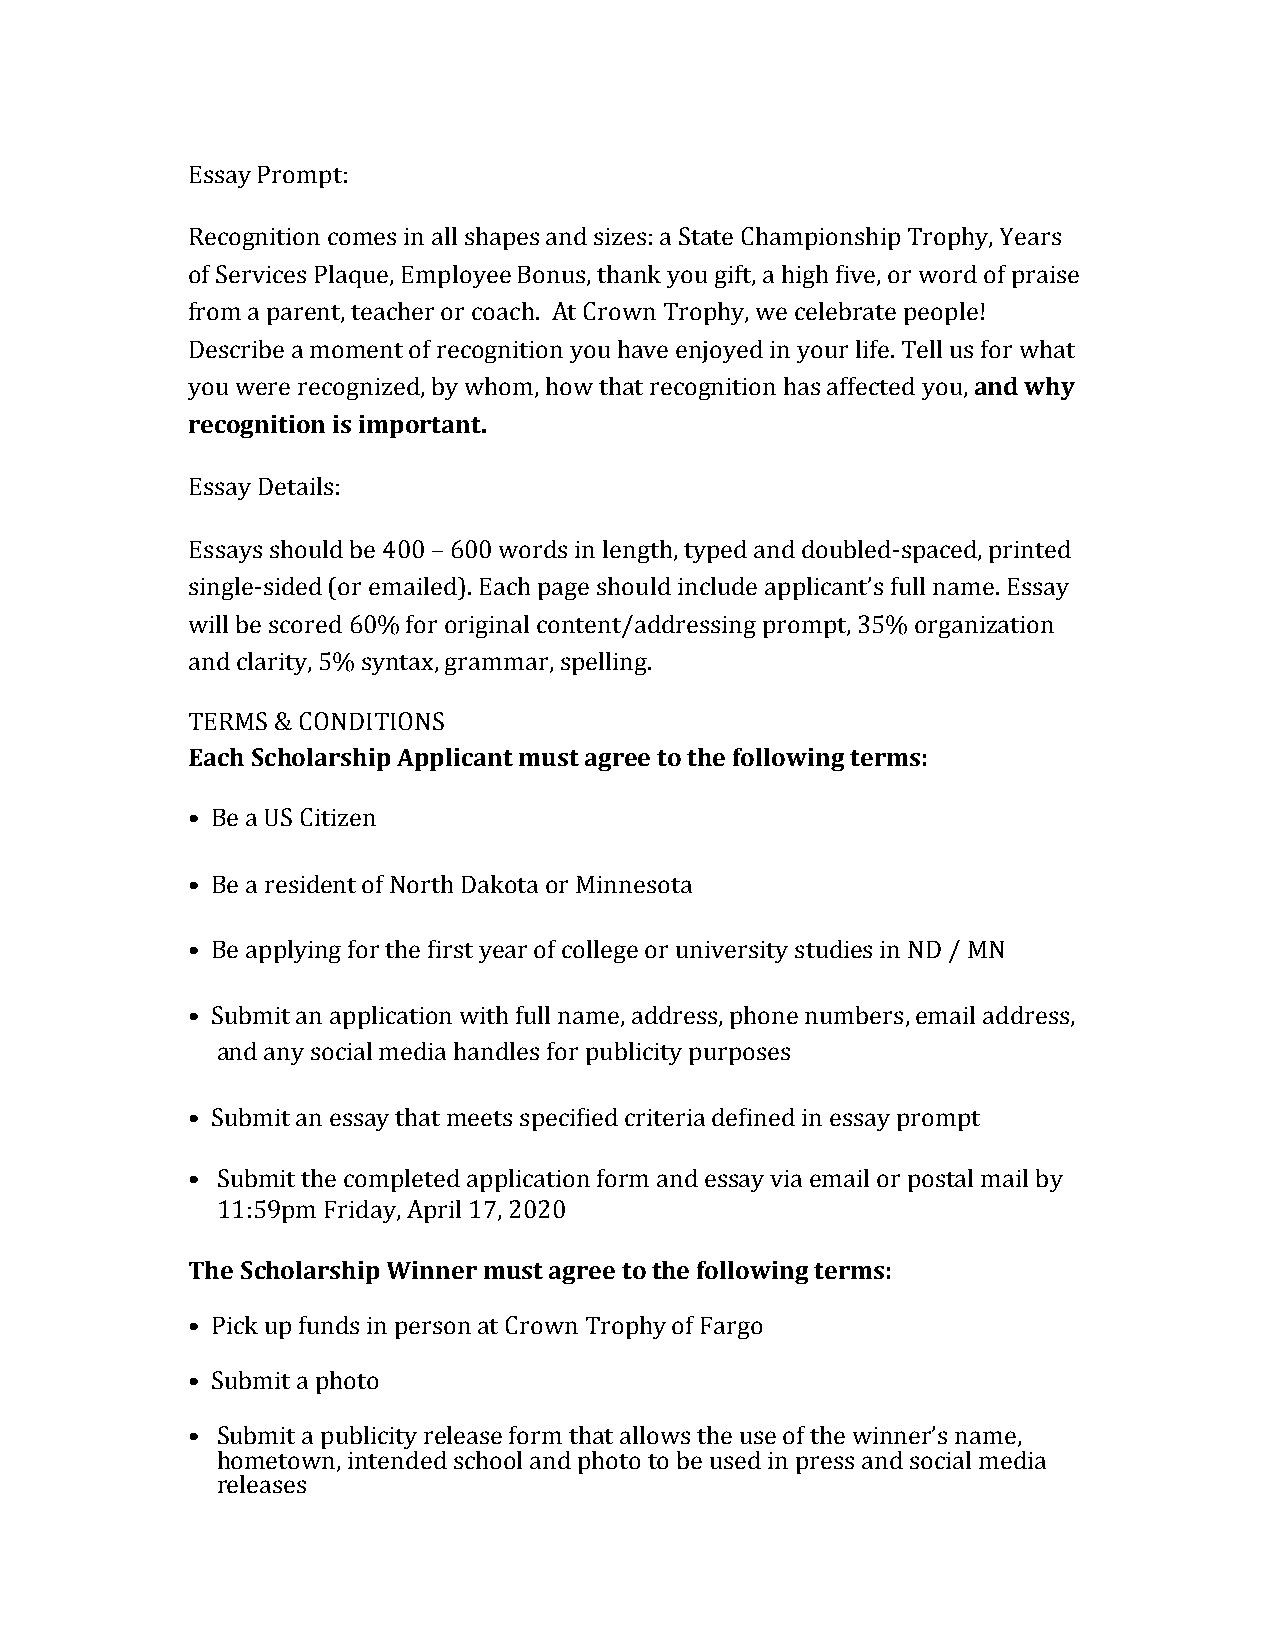
Essay Prompt:
 Recognition comes in all shapes and sizes: a State Championship Trophy, Years
 of Services Plaque, Employee Bonus, thank you gift, a high five, or word of praise
 from a parent, teacher or coach. At Crown Trophy, we celebrate people!
 Describe a moment of recognition you have enjoyed in your life. Tell us for what
 you were recognized, by whom, how that recognition has affected you, and why
 recognition is important.
 Essay Details:
 Essays should be 400 – 600 words in length, typed and doubled-spaced, printed
 single-sided (or emailed). Each page should include applicant’s full name. Essay
 will be scored 60% for original content/addressing prompt, 35% organization
 and clarity, 5% syntax, grammar, spelling.
 TERMS & CONDITIONS
 Each Scholarship Applicant must agree to the following terms:
 • Be a US Citizen
 • Be a resident of North Dakota or Minnesota
 • Be applying for the first year of college or university studies in ND / MN
 • Submit an application with full name, address, phone numbers, email address,
 and any social media handles for publicity purposes
 • Submit an essay that meets specified criteria defined in essay prompt
 • Submit the completed application form and essay via email or postal mail by
 11:59pm Friday, April 17, 2020
 The Scholarship Winner must agree to the following terms:
 • Pick up funds in person at Crown Trophy of Fargo
 • Submit a photo
 • Submit a publicity release form that allows the use of the winner’s name,
 hometown, intended school and photo to be used in press and social media
 releases